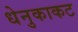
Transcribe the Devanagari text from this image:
धेनुकाकट